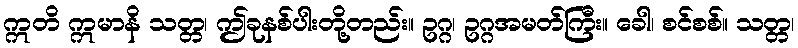
ဣတိ ဣမာနိ သတ္တ၊ ဤခုနစ်ပါးတို့တည်း။ ဥဂ္ဂ၊ ဥဂ္ဂအမတ်ကြီး။ ခေါ၊ စင်စစ်။ သတ္တ၊